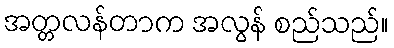
အတ္တလန်တာက အလွန် စည်သည်။